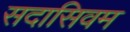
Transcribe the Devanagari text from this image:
सदासिवम